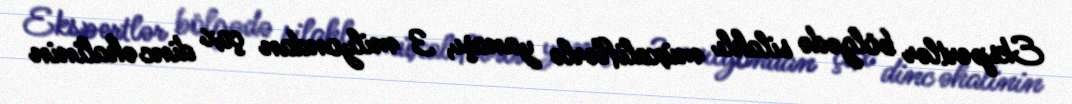
Ekspertlər bölgədə silahlı müxaliflərlə yanaşı, 3 milyondan çox dinc əhalinin